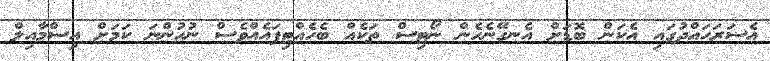
އެސަރަހައްދުގައި އެކަން ބޮޑަށް އެނގޭނެހެން ނޯޓިސް ތަކެއް ބެހެއްޓިފައެއްވެސް ނުހުންނަ ކަމަށް އިސްމާއިލް